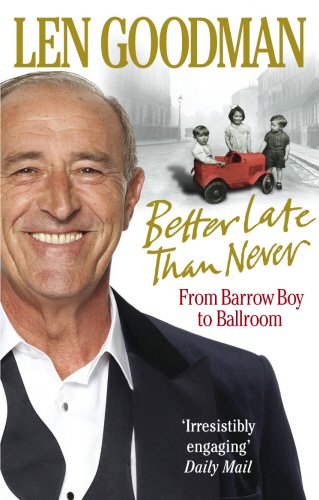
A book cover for Better Late Than Never: From Barrow Boy to Ballroom; Len Goodman; Biographies & Memoirs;